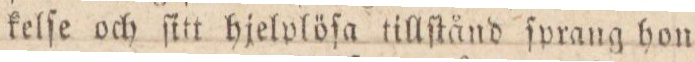
kelſe och ſitt hjelplöſa tillſtånd ſprang hon